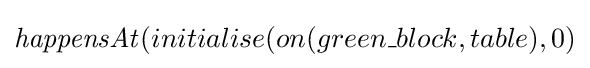
{\mathit {happensAt}}(initialise(on(green\_block,table),0)